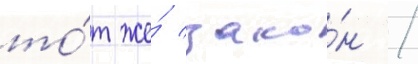
то́т же́ зако́н /